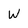
Character: W